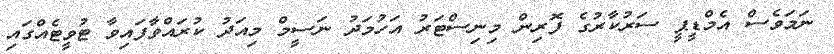
ނަމަވެސް އެމްޑީޕީ ސަރުކާރުގެ ފޮރިން މިނިސްޓަރު އަހުމަދު ނަސީމް މިއަދު ކުރައްވާފައިވާ ޓުވީޓެއްގައި